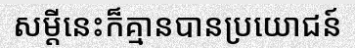
សម្តីនេះក៏គ្មានបានប្រយោជន៍